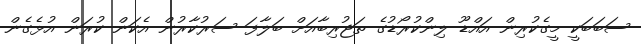
ސަބަބަކީ މީގެކުރިން އައްޑޫ ލިންކުރޯޑުގެ ތަޖުރިބާއަށް ބަލާފަ ސަރުކާރުން އެކަން ކުރަން އުޅެގެން